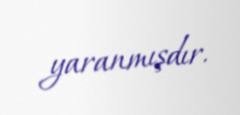
yaranmışdır.